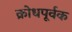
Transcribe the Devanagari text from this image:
क्रोधपूर्वक